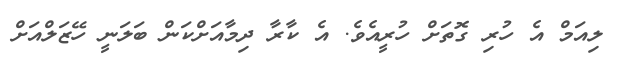
ލިއަމް އެ ހުރި ގޮތަށް ހުރީއެވެ. އެ ކާރާ ދިމާއަށްކަން ބަލަނީ ހޭޒަލްއަށް